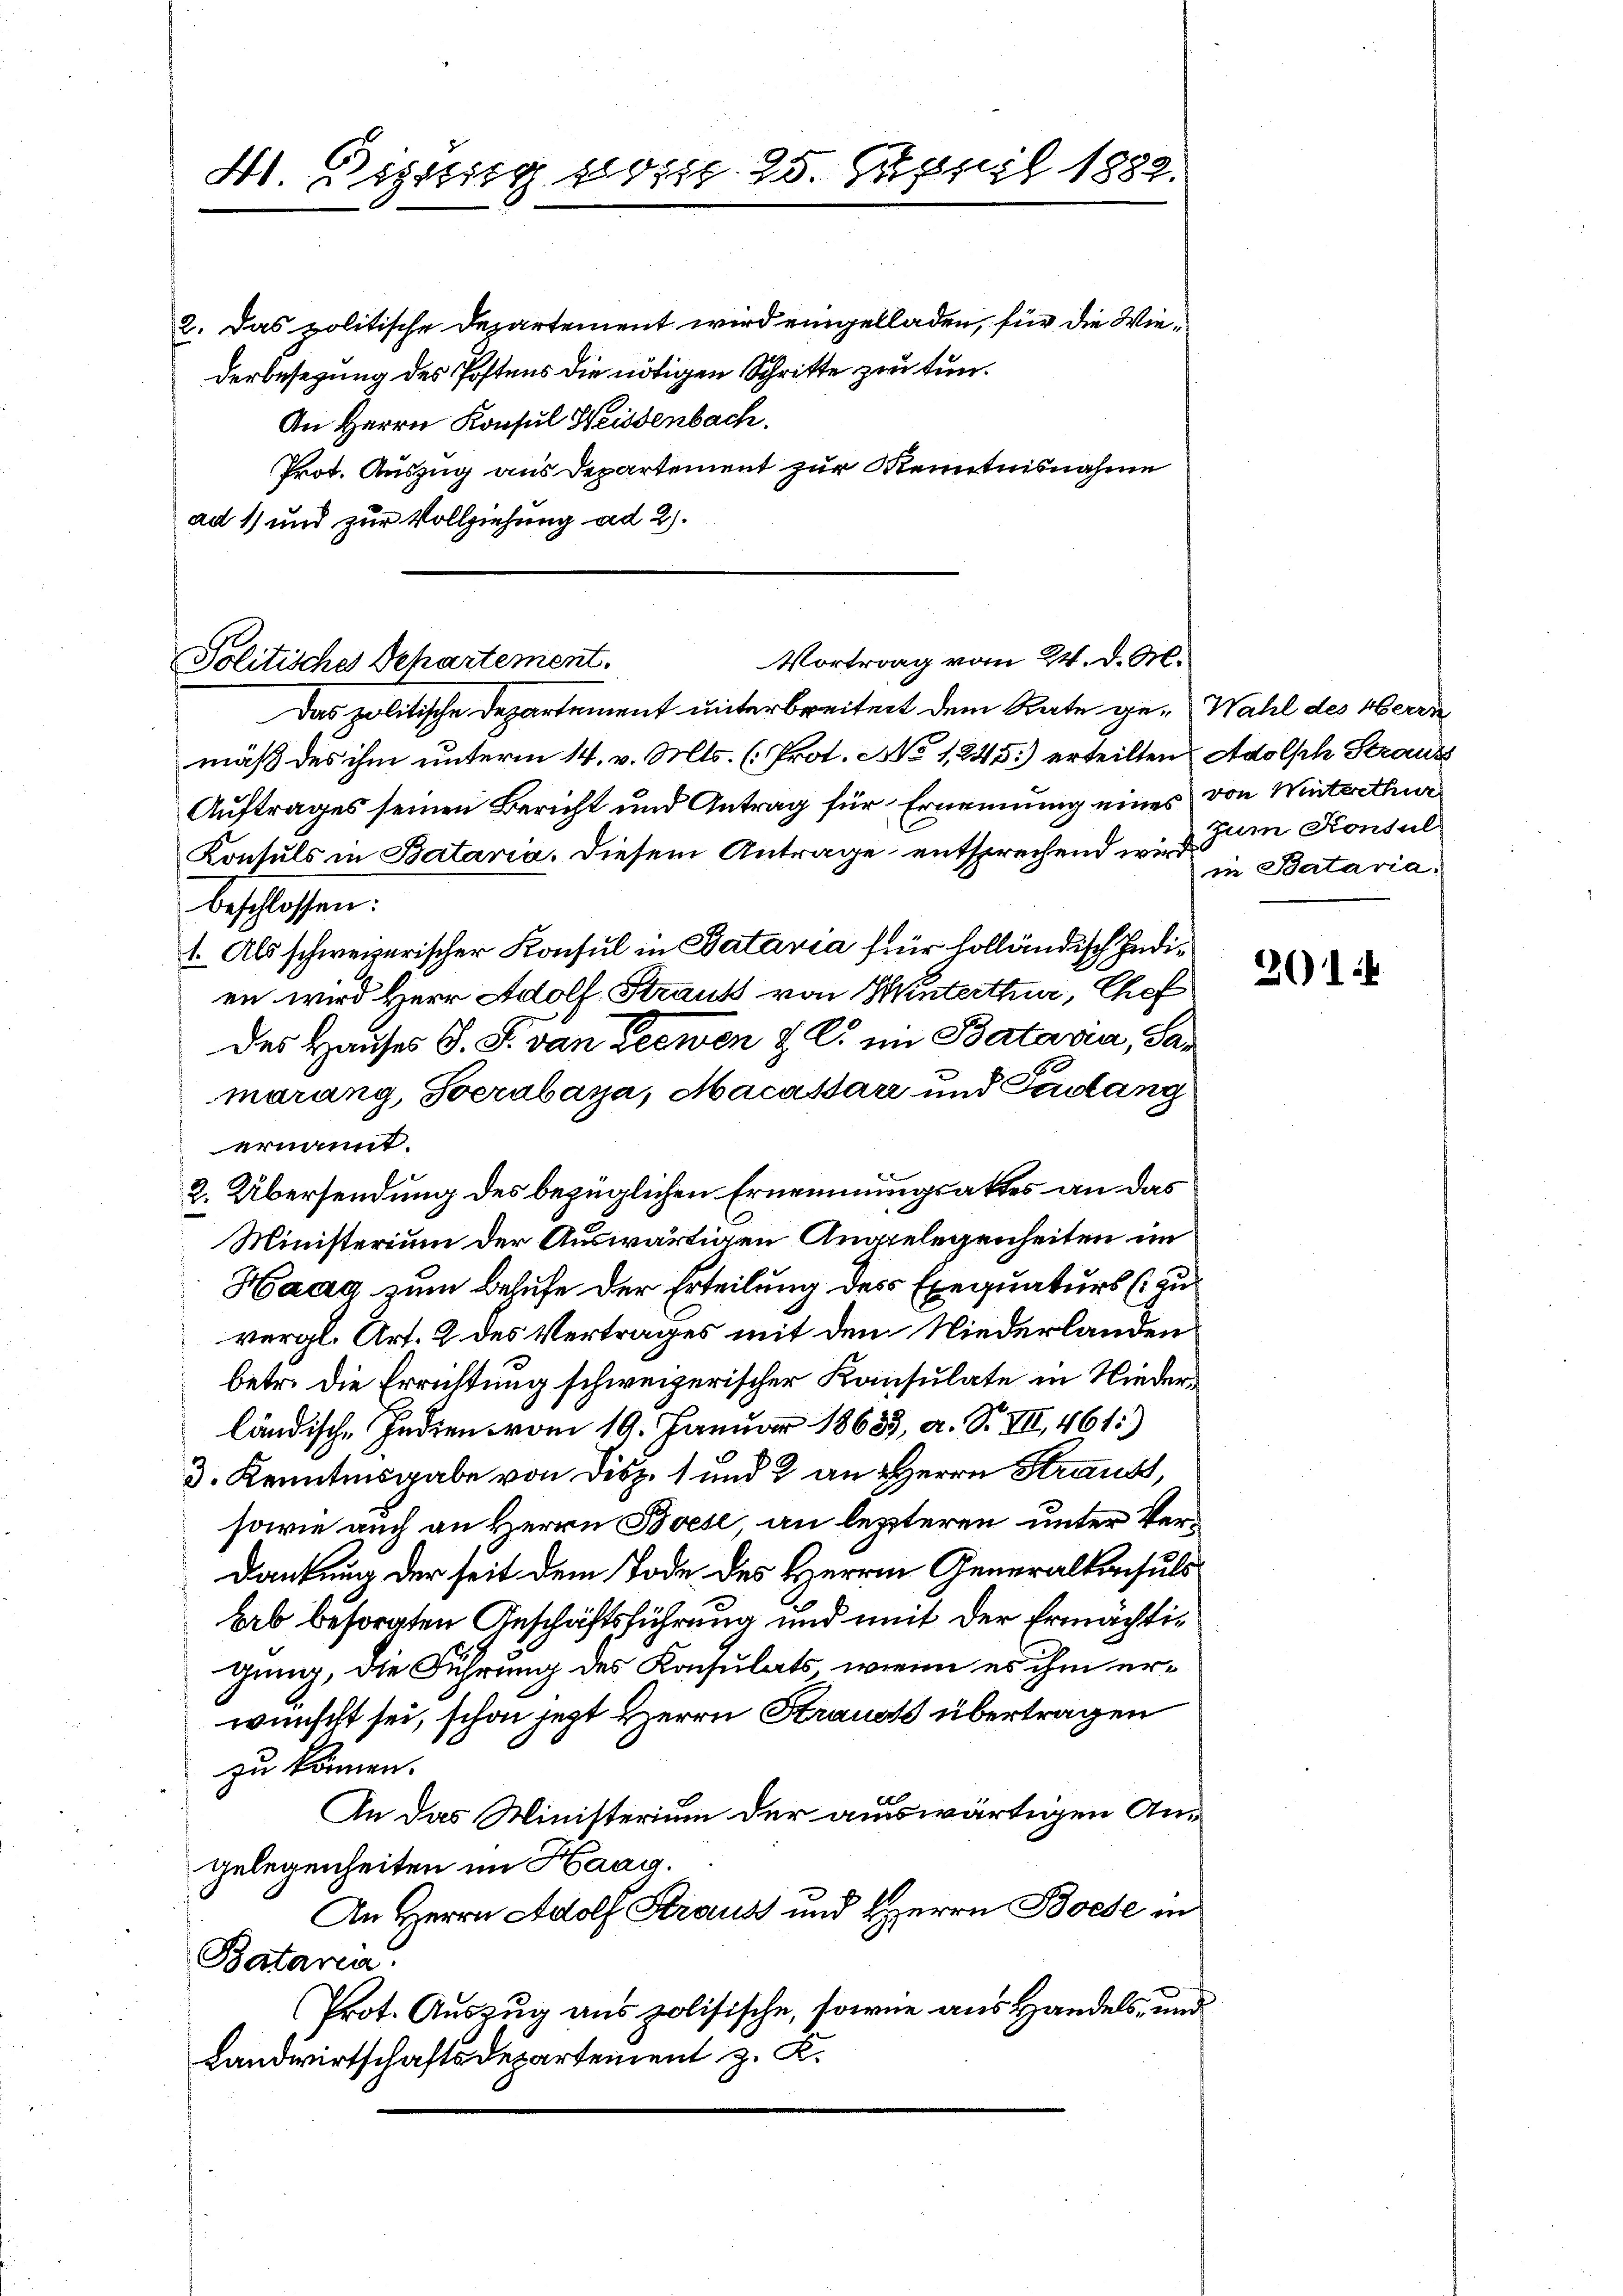
41. Dissig sog. 25. Justi 1882.

2. Das politische Departement wird eingelladen, für die Wiederbesetzung des Postens die nötigen Schritte zu tun¬
An Herrn Konsul Weissenbach.
Prot. Auszug aus Departement zur Kenntnisnahme
ad 1) und zur Vollziehung ad 2.

Vortrag vom 24. d. M.
Politisches Departement.

Das politische Departement unterbreitet dem Rate ge-Wahl des Herre
mäß des ihm unterm 14. v. Mts. (Prot. No 1245) erteilten Adolph Strauss
Auftrages seinen Bericht und Antrag für Ernennung eines von Winterthur
Konsuls in Bataria. Diesem Antrage entsprechend wird. Bataria
beschlossen:
1. Als schweizerischer Konsul in Batavia für holländisch Indien wird Herr Adolf Straut von Winterthur, Chef
des Hauses S. S. von Seewen z. B. im Batavia, Samarang, Socrabaya, Macassare und Padlang
ernannt.
2. Übersendung des bezüglichen Ernennungsaktes an das
Ministerium der Auswärtigen Angelegenheiten im
Haag zum Behufe der Erteilung des Exequaturs (zu
vergl. Art. 2 des Vertrages mit den Niederlanden
betr. die Errichtung schweizerischer Konsulate in Niederländische Indien vom 19. Januar 18633, a. S. VII, 461:)
3. Kenntnisgabe von Disp. 1 und 2 an Herrn Straubt,
sowie auch an Herrn Boese an letzteren unter Ver¬
Dankung der seit dem Tode des Herrn Generalkonsuls
brb besorgten Geschäftsführung und mit der Ermächtigung, die Führung des Konsulats, wenn es ihm erwünscht sei, schon jetzt Herrn Strausts übertragen
zu können.
An das Ministerium der auswärtigen Angelegenheiten im Haag.
An Herrn Adolf Strauss und Herrn Boese in
Bataria
Prot. Auszug aus polisische, sowie aus Handels- und
Landwirtschaftsdepartement z. K.

zum Konsul

2014